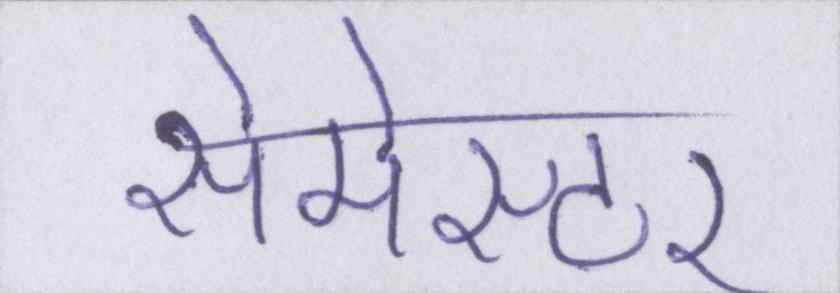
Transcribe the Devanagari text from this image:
सेमेस्टर